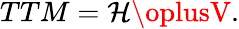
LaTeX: TTM=\mathcal{H}\oplusV.